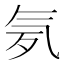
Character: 𣱚